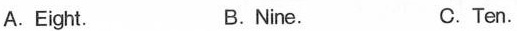
A.Eight. B. Nine. C.Ten.